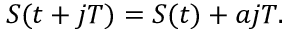
S ( t + j T ) = S ( t ) + a j T .